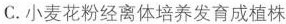
C.小麦花粉经离体培养发育成植株